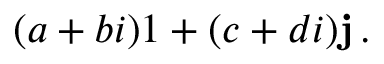
( a + b i ) 1 + ( c + d i ) \mathbf { j } \, .